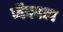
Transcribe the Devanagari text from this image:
जैकाल